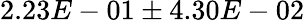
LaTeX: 2.23E-01\pm 4.30E-02